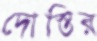
দোস্তির